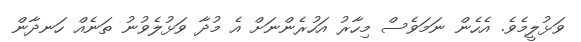
ވަޅުލީމެވެ. އެހެން ނަމަވެސް މިހާރު އަހުރެންނަށް އެ މުދާ ވަޅުލެވުނު ތަނެއް ހަނދާން